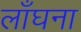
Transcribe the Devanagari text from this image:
लाँघना